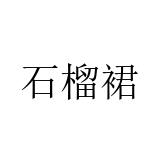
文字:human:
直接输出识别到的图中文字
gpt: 石榴裙